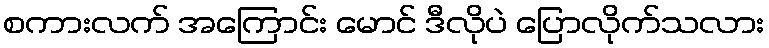
စကားလက် အကြောင်း မောင် ဒီလိုပဲ ပြောလိုက်သလား